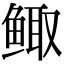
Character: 鲰